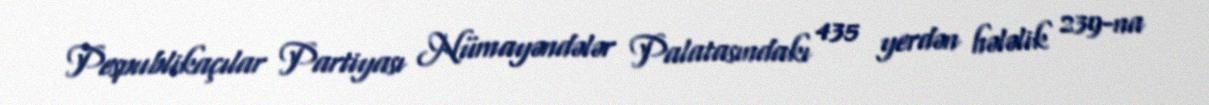
Pespublikaçılar Partiyası Nümayəndələr Palatasındakı 435 yerdən hələlik 239-na